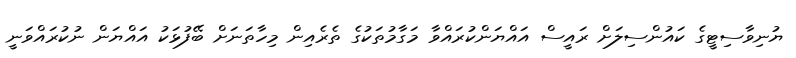
ޔުނިވާސިޓީގެ ކައުންސިލަށް ރައީސް އައްޔަންކުރައްވާ މަގާމުތަކުގެ ތެރެއިން މިހާތަނަށް ބޭފުޅަކު އައްޔަން ނުކުރައްވަނީ